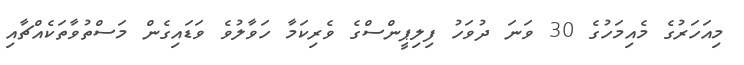
މިއަހަރުގެ މެއިމަހުގެ 30 ވަނަ ދުވަހު ފިލިޕީންސްގެ ވެރިކަމާ ހަވާލުވެ ވަޑައިގެން މަސްތުވާތަކެއްޗާއި